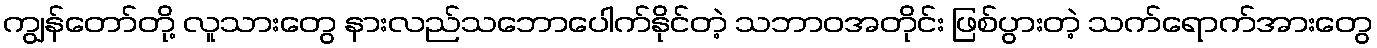
ကျွန်တော်တို့ လူသားတွေ နားလည်သဘောပေါက်နိုင်တဲ့ သဘာဝအတိုင်း ဖြစ်ပွားတဲ့ သက်ရောက်အားတွေ